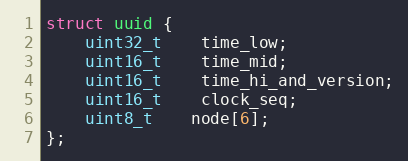
Language: C
struct uuid {
	uint32_t	time_low;
	uint16_t	time_mid;
	uint16_t	time_hi_and_version;
	uint16_t	clock_seq;
	uint8_t	node[6];
};